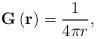
LaTeX: \begin{align*}\mathbf{G}\left( \mathbf{r}\right) =\frac{1}{4\pi r}, \end{align*}